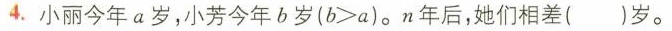
4.小丽今年a岁，小芳今年b岁(b>a)。n年后，她们相差()岁。